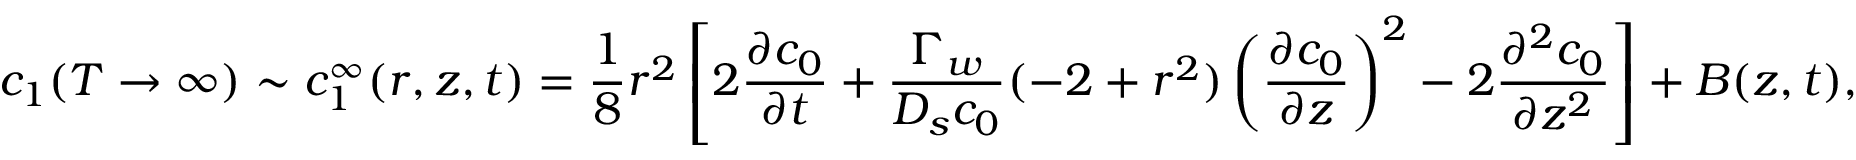
c _ { 1 } ( T \rightarrow \infty ) \sim c _ { 1 } ^ { \infty } ( r , z , t ) = \frac { 1 } { 8 } r ^ { 2 } \left[ 2 \frac { \partial c _ { 0 } } { \partial t } + \frac { \Gamma _ { w } } { D _ { s } c _ { 0 } } ( - 2 + r ^ { 2 } ) \left( \frac { \partial c _ { 0 } } { \partial z } \right) ^ { 2 } - 2 \frac { \partial ^ { 2 } c _ { 0 } } { \partial z ^ { 2 } } \right] + B ( z , t ) ,